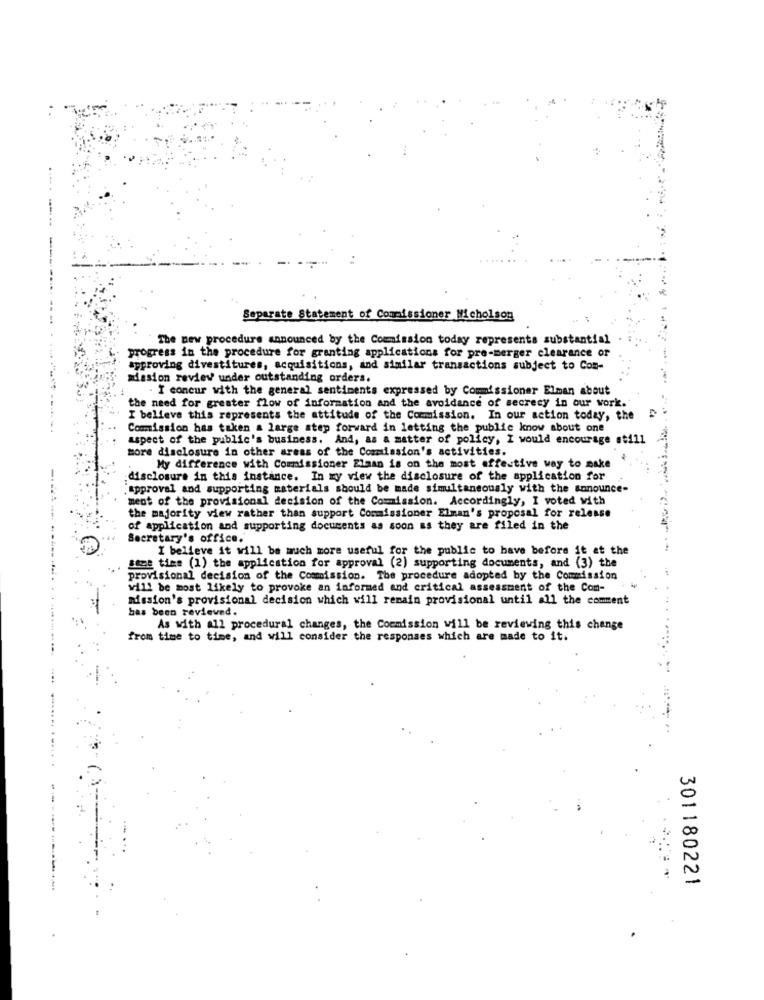
Separate Statement of Commissioner Micholson
The new procedure announced by the Commission today represents substantial
progress in the procedure for granting applications for pre-merger clearance or
approving divestitures, acquisitions, and similar transactions subject to Com-
mission review under outstanding orders.
. I concur with the general sentiments expressed by Commissioner Elman about
the need for greater flow of information and the avoidance of secrecy in our work.
I believe this represents the attitude of the Commission. In our action today, the
Commission has taken a large step forward in letting the public know about one
aspect of the public's business. And, as a matter of policy, I would encourage still
more disclosure in other areas of the Commission's activities.
My difference with Commissioner Elaan is on the most effective way to make
disclosure in this instance. In my view the disclosure of the application for
"approval and supporting materials should be made simultaneously with the announce-
ment of the provisional decision of the Commission. Accordingly, I voted with
the majority view rather than support Commissioner Elman's proposal for release
of application and supporting documents as soon as they are filed in the
Secretary's office.
I believe it will be much more useful for the public to have before it at the
stos time (1) the application for approval (2) supporting documents, and (3) the
provisional decision of the Commission. The procedure adopted by the Commission
will be most likely to provoke an informed and critical assessment of the Com-
mission's provisional decision which will remain provisional until all the comment
bas been reviewed.
As with all procedural changes, the Commission will be reviewing this change
from time to time, and will consider the responses which are made to it.
301180221